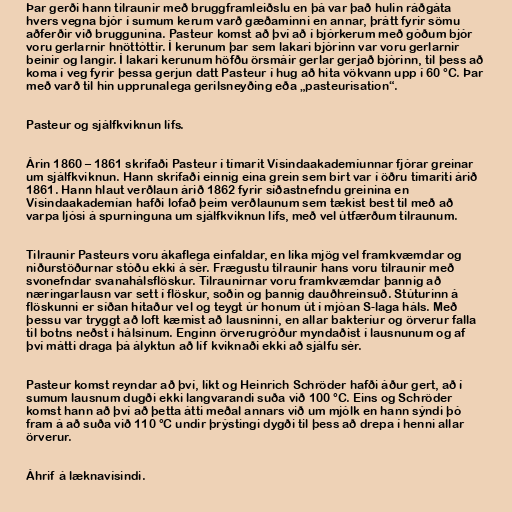
Þar gerði hann tilraunir með bruggframleiðslu en þá var það hulin ráðgáta
hvers vegna bjór í sumum kerum varð gæðaminni en annar, þrátt fyrir sömu
aðferðir við bruggunina. Pasteur komst að því að í bjórkerum með góðum bjór
voru gerlarnir hnöttóttir. Í kerunum þar sem lakari bjórinn var voru gerlarnir
beinir og langir. Í lakari kerunum höfðu örsmáir gerlar gerjað bjórinn, til þess að
koma í veg fyrir þessa gerjun datt Pasteur í hug að hita vökvann upp í 60 °C. Þar
með varð til hin upprunalega gerilsneyðing eða „pasteurisation“.

Pasteur og sjálfkviknun lífs.

Árin 1860 – 1861 skrifaði Pasteur í tímarit Vísindaakademíunnar fjórar greinar
um sjálfkviknun. Hann skrifaði einnig eina grein sem birt var í öðru tímariti árið
1861. Hann hlaut verðlaun árið 1862 fyrir síðastnefndu greinina en
Vísindaakademían hafði lofað þeim verðlaunum sem tækist best til með að
varpa ljósi á spurninguna um sjálfkviknun lífs, með vel útfærðum tilraunum.

Tilraunir Pasteurs voru ákaflega einfaldar, en líka mjög vel framkvæmdar og
niðurstöðurnar stóðu ekki á sér. Frægustu tilraunir hans voru tilraunir með
svonefndar svanahálsflöskur. Tilraunirnar voru framkvæmdar þannig að
næringarlausn var sett í flöskur, soðin og þannig dauðhreinsuð. Stúturinn á
flöskunni er síðan hitaður vel og teygt úr honum út í mjóan S-laga háls. Með
þessu var tryggt að loft kæmist að lausninni, en allar bakteríur og örverur falla
til botns neðst í hálsinum. Enginn örverugróður myndaðist í lausnunum og af
því mátti draga þá ályktun að líf kviknaði ekki að sjálfu sér.

Pasteur komst reyndar að því, líkt og Heinrich Schröder hafði áður gert, að í
sumum lausnum dugði ekki langvarandi suða við 100 °C. Eins og Schröder
komst hann að því að þetta átti meðal annars við um mjólk en hann sýndi þó
fram á að suða við 110 °C undir þrýstingi dygði til þess að drepa í henni allar
örverur.

Áhrif á læknavísindi.